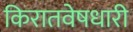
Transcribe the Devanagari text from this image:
किरातवेषधारी